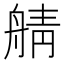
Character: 䑶